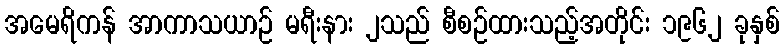
အမေရိကန် အာကာသယာဉ် မရီးနား ၂သည် စီစဉ်ထားသည့်အတိုင်း ၁၉၆၂ ခုနှစ်